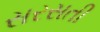
સરસતી